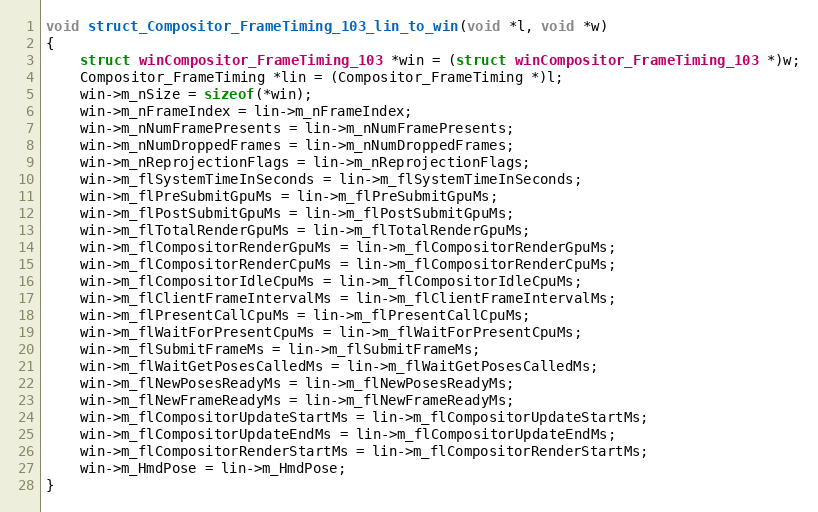
Language: C++
void struct_Compositor_FrameTiming_103_lin_to_win(void *l, void *w)
{
    struct winCompositor_FrameTiming_103 *win = (struct winCompositor_FrameTiming_103 *)w;
    Compositor_FrameTiming *lin = (Compositor_FrameTiming *)l;
    win->m_nSize = sizeof(*win);
    win->m_nFrameIndex = lin->m_nFrameIndex;
    win->m_nNumFramePresents = lin->m_nNumFramePresents;
    win->m_nNumDroppedFrames = lin->m_nNumDroppedFrames;
    win->m_nReprojectionFlags = lin->m_nReprojectionFlags;
    win->m_flSystemTimeInSeconds = lin->m_flSystemTimeInSeconds;
    win->m_flPreSubmitGpuMs = lin->m_flPreSubmitGpuMs;
    win->m_flPostSubmitGpuMs = lin->m_flPostSubmitGpuMs;
    win->m_flTotalRenderGpuMs = lin->m_flTotalRenderGpuMs;
    win->m_flCompositorRenderGpuMs = lin->m_flCompositorRenderGpuMs;
    win->m_flCompositorRenderCpuMs = lin->m_flCompositorRenderCpuMs;
    win->m_flCompositorIdleCpuMs = lin->m_flCompositorIdleCpuMs;
    win->m_flClientFrameIntervalMs = lin->m_flClientFrameIntervalMs;
    win->m_flPresentCallCpuMs = lin->m_flPresentCallCpuMs;
    win->m_flWaitForPresentCpuMs = lin->m_flWaitForPresentCpuMs;
    win->m_flSubmitFrameMs = lin->m_flSubmitFrameMs;
    win->m_flWaitGetPosesCalledMs = lin->m_flWaitGetPosesCalledMs;
    win->m_flNewPosesReadyMs = lin->m_flNewPosesReadyMs;
    win->m_flNewFrameReadyMs = lin->m_flNewFrameReadyMs;
    win->m_flCompositorUpdateStartMs = lin->m_flCompositorUpdateStartMs;
    win->m_flCompositorUpdateEndMs = lin->m_flCompositorUpdateEndMs;
    win->m_flCompositorRenderStartMs = lin->m_flCompositorRenderStartMs;
    win->m_HmdPose = lin->m_HmdPose;
}